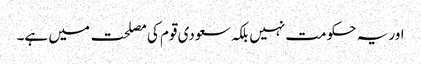
اور یہ حکومت نہیں بلکہ سعودی قوم کی مصلحت میں ہے۔